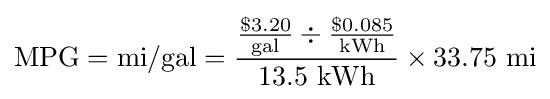
{\text{MPG}}={\text{mi}}/{\text{gal}}={{\$3.20 \over {\text{gal}}}\div {\$0.085 \over {\text{kWh}}} \over 13.5~{\text{kWh}}}\times 33.75~{\text{mi}}